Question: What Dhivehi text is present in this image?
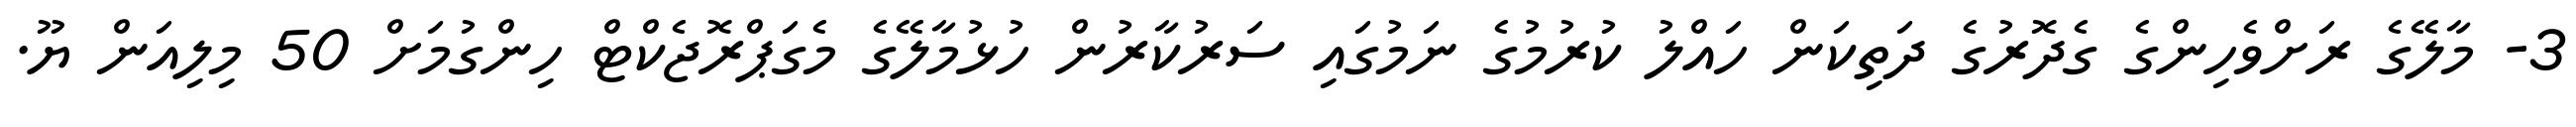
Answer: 3- މާލޭގެ ރަށްވެހިންގެ ގެދޮރުގެ ދަތިކަން ހައްލު ކުރުމުގެ ނަމުގައި ސަރުކާރުން ހުޅުމާލޭގެ މެގަޕްރޮޖެކްޓް ހިންގުމަށް 50 މިލިއަން ޔޫ.